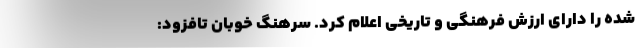
شده را دارای ارزش فرهنگی و تاریخی اعلام کرد. سرهنگ خوبان تافزود: